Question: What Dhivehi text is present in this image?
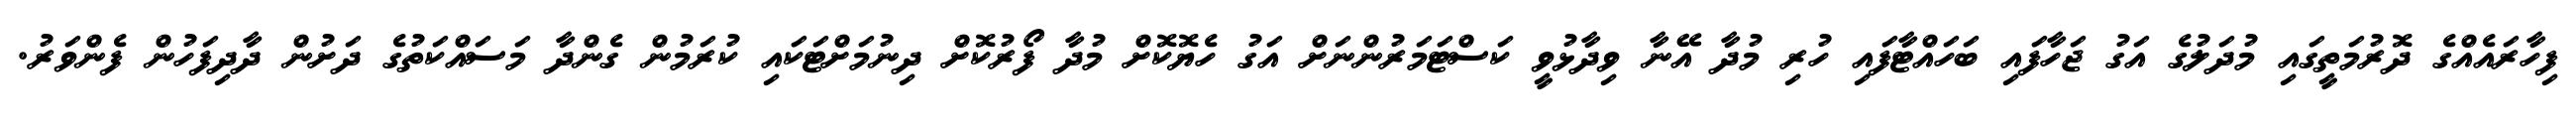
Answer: ފިހާރައެއްގެ ދޮރުމަތީގައި މުދަލުގެ އަގު ޖަހާފައި ބަހައްޓާފައި ހުރި މުދާ އޭނާ ވިދާޅުވީ ކަސްޓަމަރުންނަށް އަގު ހެޔޮކޮށް މުދާ ފޯރުކޮށް ދިނުމަށްޓަކައި ކުރަމުން ގެންދާ މަސައްކަތުގެ ދަށުން ދާދިފަހުން ފެންވަރު.